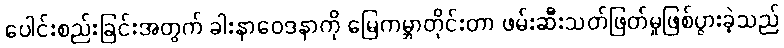
ပေါင်းစည်းခြင်းအတွက် ခါးနာဝေဒနာကို မြေကမ္ဘာတိုင်းတာ ဖမ်းဆီးသတ်ဖြတ်မှုဖြစ်ပွားခဲ့သည်